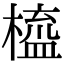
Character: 橀